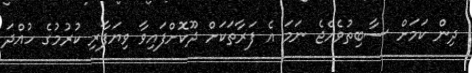
ދިން ކަމަށް ސާބިތުވެއްޖެ ނަމަ އެ ފަރާތަކަށް ދޫކޮށްފައިވާ ވިޔަފާރި ކުރުމުގެ ހުއްދަ